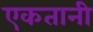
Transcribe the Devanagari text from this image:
एकतानी